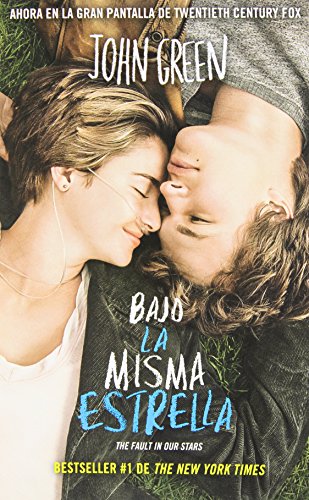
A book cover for Bajo la misma estrella (The Fault in Our Stars) (Spanish Edition); John Green; Teen & Young Adult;